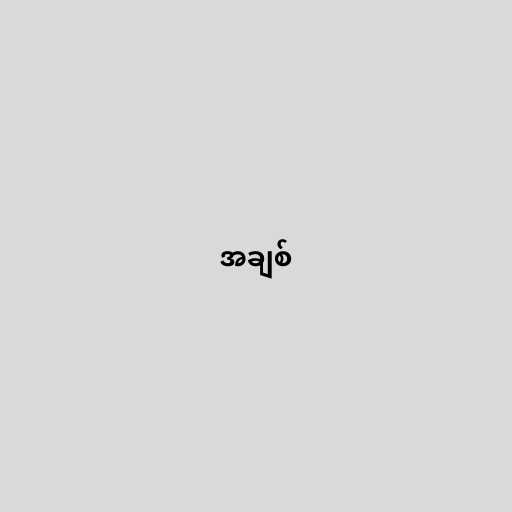
အချစ်